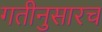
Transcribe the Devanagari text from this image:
गतीनुसारच